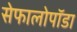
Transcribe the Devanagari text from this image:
सेफालोपॉडा